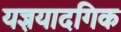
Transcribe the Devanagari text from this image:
यज्ञयादगिक